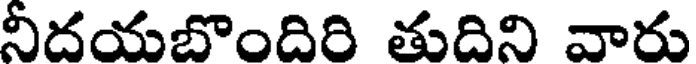
నీదయబొందిరి తుదిని వారు